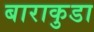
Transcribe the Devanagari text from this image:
बाराकुडा